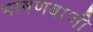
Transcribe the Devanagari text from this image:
भाषणबाजी